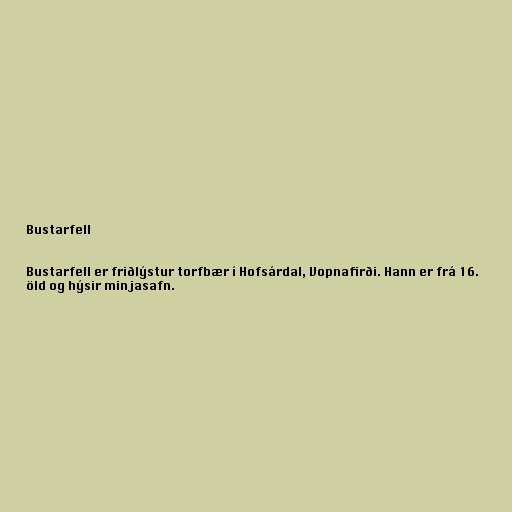
Bustarfell

Bustarfell er friðlýstur torfbær í Hofsárdal, Vopnafirði. Hann er frá 16.
öld og hýsir minjasafn.